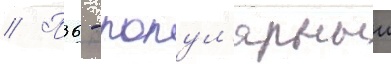
// П36 - попул'ярныи